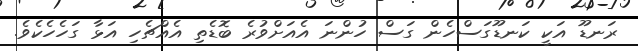
ރަނޑޫ އަކީ ކަނޑޫގަސްހެން ގަސް ހުންނަ އެއަށްވުރެ ބޮޑެތި އެއްޗެހި އަޅާ ގަހެހެކެވެ.